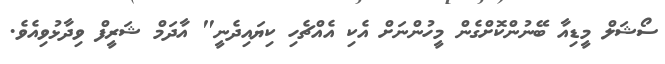
ސޯޝަލް މީޑިއާ ބޭނުންކޮށްގެން މީހުންނަށް އެކި އެއްޗެހި ކިޔައިދެނީ" އާދަމް ޝަރީފް ވިދާޅުވިއެވެ.